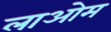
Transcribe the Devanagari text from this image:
लाओम